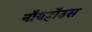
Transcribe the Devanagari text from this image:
नॉयहॉउस